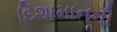
દિશામાનની